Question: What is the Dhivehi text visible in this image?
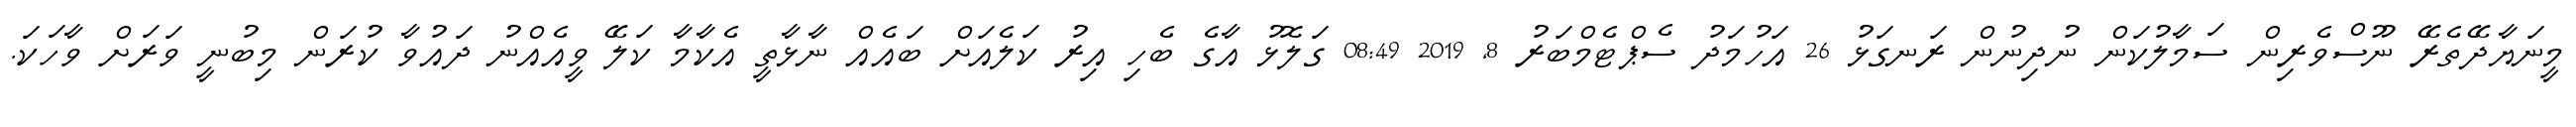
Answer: މީނަޔާދޭތެރޭ ނޫސްވެރިން ސަމާލުކަން ނުދިނުން ރަނގަޅު 26 އަހުމަދު ސެޕްޓެމްބަރު 8, 2019 08:49 ގަލޮޅު އާގެ ބެހި އިރު ކަލެއަށް ބައެއް ނާޅާތީ އެކާމާ ކަލޭ ވީއެއްނު ދައުވާ ކުރަން މިބުނީ ވަރަށް ވާހަކަ.